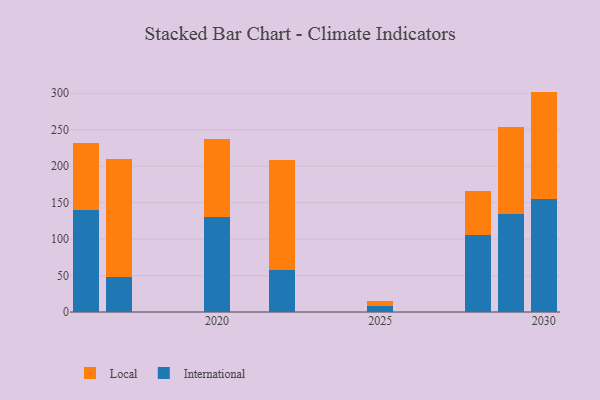
{"axis": {"x": "Year", "y": "Humidity (%)"}, "legend": ["International", "Local"], "data": [{"x": "2016", "y": 140.5, "type": "International"}, {"x": "2016", "y": 91.2, "type": "Local"}, {"x": "2025", "y": 7.6, "type": "International"}, {"x": "2025", "y": 7.2, "type": "Local"}, {"x": "2030", "y": 155.4, "type": "International"}, {"x": "2030", "y": 146.9, "type": "Local"}, {"x": "2029", "y": 133.9, "type": "International"}, {"x": "2029", "y": 120.5, "type": "Local"}, {"x": "2022", "y": 57.6, "type": "International"}, {"x": "2022", "y": 150.5, "type": "Local"}, {"x": "2020", "y": 129.8, "type": "International"}, {"x": "2020", "y": 107.0, "type": "Local"}, {"x": "2017", "y": 48.1, "type": "International"}, {"x": "2017", "y": 161.4, "type": "Local"}, {"x": "2028", "y": 105.8, "type": "International"}, {"x": "2028", "y": 60.7, "type": "Local"}]}